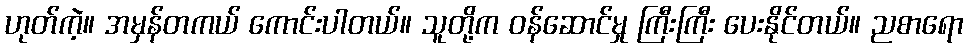
ဟုတ်ကဲ့။ အမှန်တကယ် ကောင်းပါတယ်။ သူတို့က ဝန်ဆောင်မှု ကြီးကြီး ပေးနိုင်တယ်။ ညစာရော